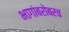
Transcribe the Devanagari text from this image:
भागांबरोबरच